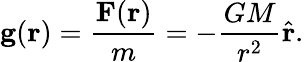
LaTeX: \mathbf{g}(\mathbf{r})={\frac{\mathbf{F}(\mathbf{r})}{m}}=-{\frac{GM}{r^{2}}}{\hat{\mathbf{r}}}.